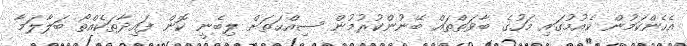
އެހެންކަމުން ކެއުމުގައި މަހުގެ ބާވަތްތައް ބޭނުންކުރުމުން ސިއްޙަތަށް ލިބެނީ ކޮން ފައިދާތަކެއްތޯ ބަލާލަމާ